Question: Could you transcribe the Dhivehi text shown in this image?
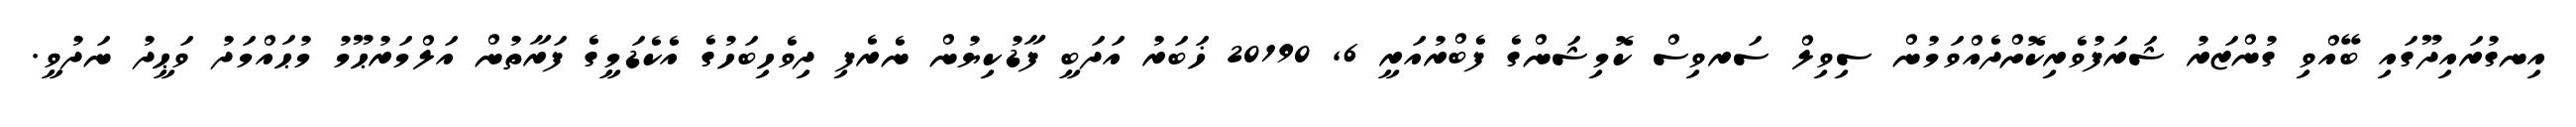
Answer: އިނގުރައިދޫގައި ބޭއްވި ގުންޒަރު ޝަރަފުވެރިކޮށްދެއްވަމުން ސިވިލް ސަރވިސް ކޮމިޝަންގެ ފެބްރުއަރީ 6, 20190 ޚަބަރު އަދަބީ ފާޑުކިޔުން ނެރެފި ދިވެހިބަހުގެ އެކެޑަމީގެ ފަރާތުން އަލްމަރުޙޫމު މުޙައްމަދު ވަޙީދު ނަދުވީ.